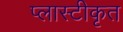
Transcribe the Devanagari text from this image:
प्लास्टीकृत